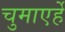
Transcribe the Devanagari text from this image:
चुमाएर्हे